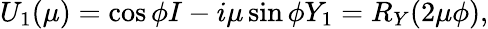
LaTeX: U_{1}(\mu)=\cos\phi I-i\mu\sin\phi Y_{1}=R_{Y}(2\mu\phi),